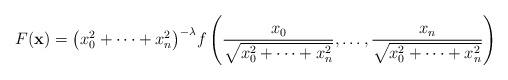
LaTeX: \begin{gather*}F(\mathbf x) = \big(x_0^2+\dots + x_n^2\big)^{-\lambda} f\left(\frac{x_0}{\sqrt{x_0^2+\dots +x_n^2}},\dots, \frac{x_n}{\sqrt{x_0^2+\dots +x_n^2}} \right)\end{gather*}